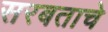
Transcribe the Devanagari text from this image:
सरबताचे